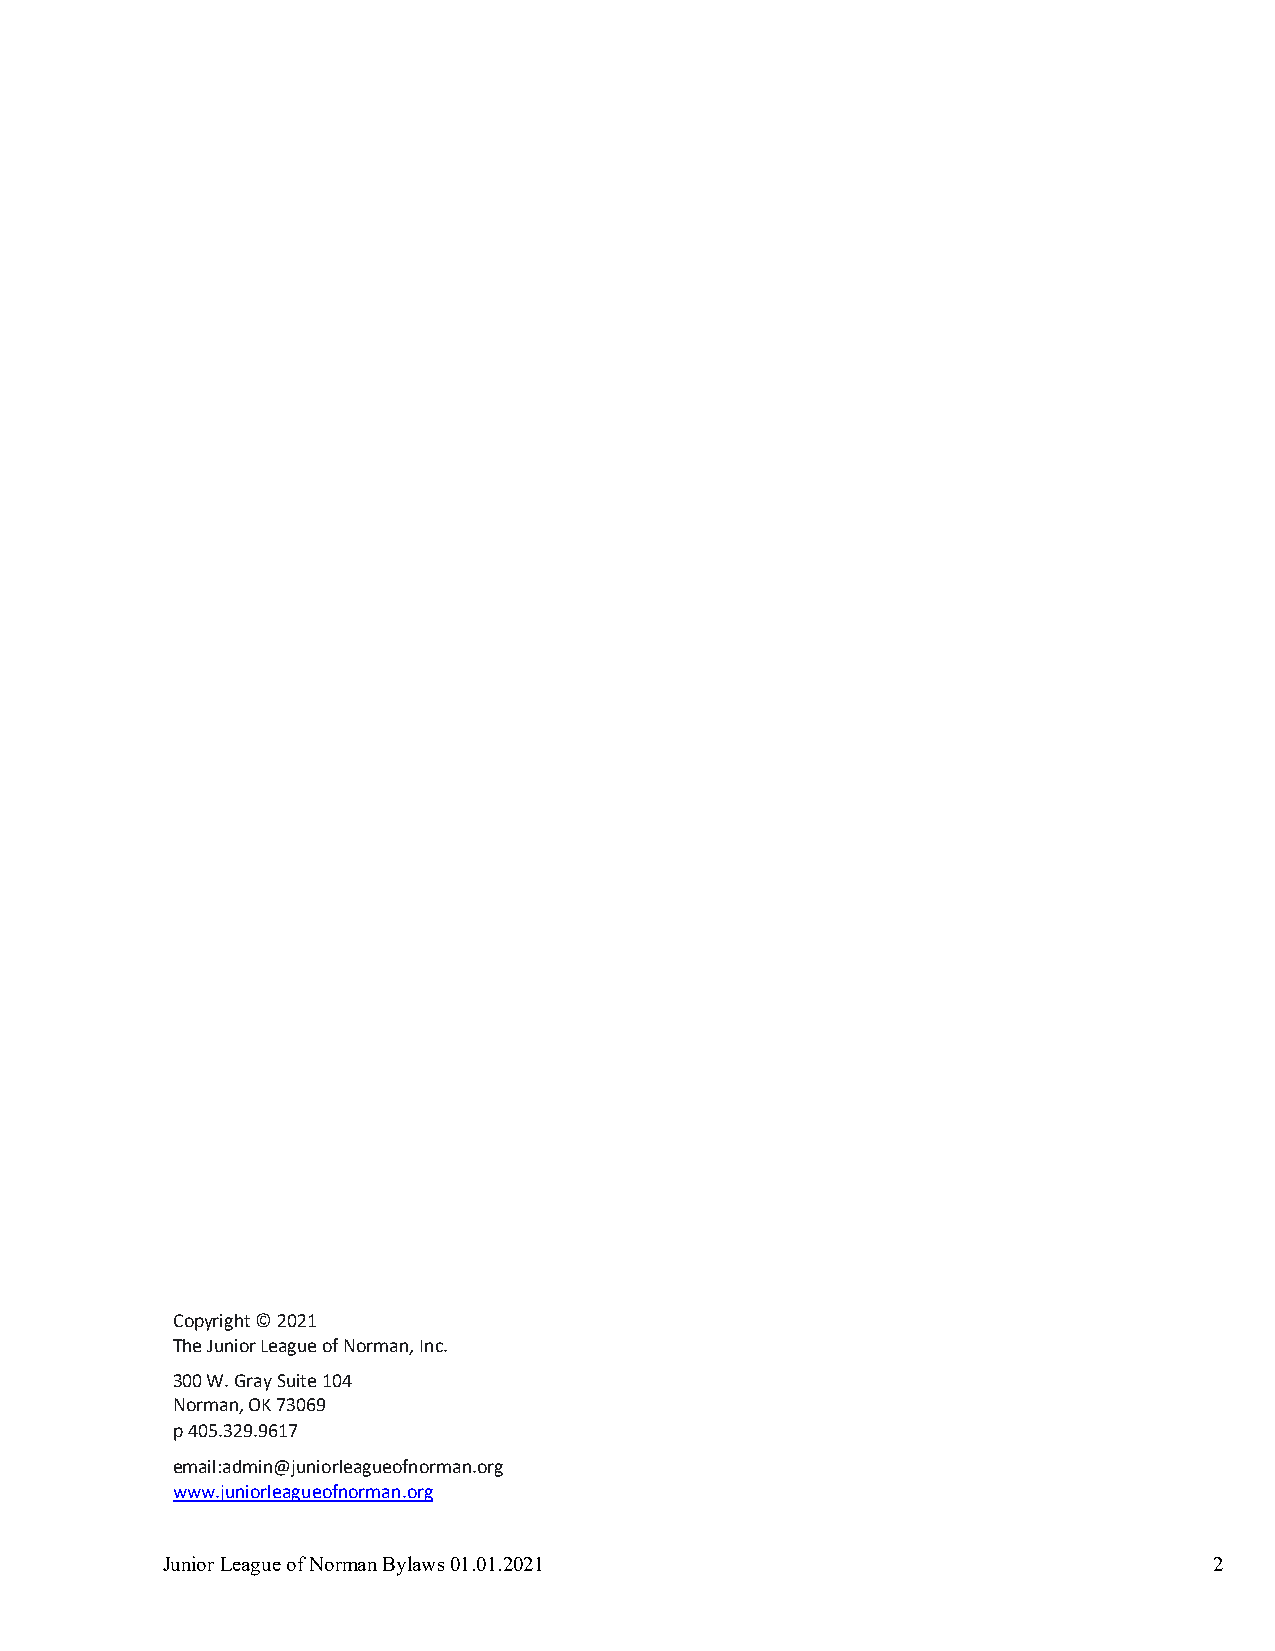
Copyright © 2021
 The Junior League of Norman, Inc.
 300 W. Gray Suite 104
 Norman, OK 73069
 p 405.329.9617
 email:admin@juniorleagueofnorman.org
 www.juniorleagueofnorman.org
 Junior League of Norman Bylaws 01.01.2021                            2